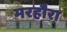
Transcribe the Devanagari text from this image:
मरहौरा